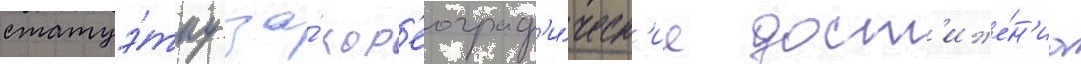
статуэ́тку за́ хор'еограф'и́ческ'ие дост'иже́н'иа